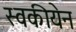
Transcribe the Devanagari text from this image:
स्वकीयेन